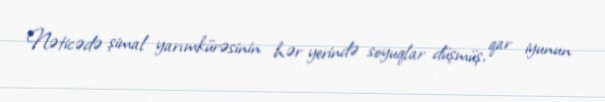
Nəticədə şimal yarımkürəsinin hər yerində soyuqlar düşmüş, qar iyunun